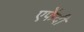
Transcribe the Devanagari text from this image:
एफेंदी